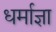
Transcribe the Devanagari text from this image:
धर्माज्ञा